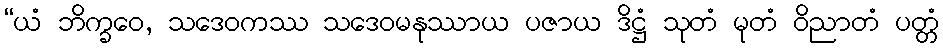
“ယံ ဘိက္ခဝေ, သဒေဝကဿ သဒေဝမနုဿာယ ပဇာယ ဒိဋ္ဌံ သုတံ မုတံ ဝိညာတံ ပတ္တံ